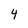
Character: 4